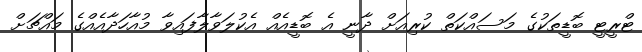
ޓްރީޓީ ބޮޑީތަކުގެ މަސައްކަތް ކުރިއަށް ދާނީ އެ ބޮޑީއެއް އެކުލަވާލާފައިވާ މުއާހަދާއެއްގެ މައްޗަށް